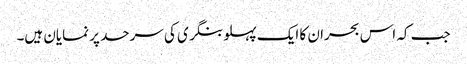
جب کہ اس بحران کا ایک پہلو بنگری کی سرحد پر نمایان ہیں۔